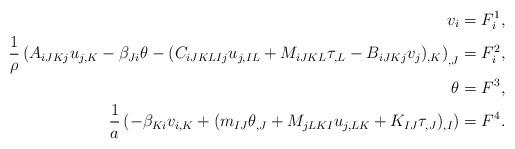
LaTeX: \begin{align*}v_i &= F^1_i,\\\frac{1}{\rho} \left( A_{iJKj} u_{j,K} - \beta_{Ji} \theta -(C_{iJKLIj} u_{j,IL} + M_{iJKL} \tau_{,L} - B_{iJKj}v_{j} )_{,K}\right)_{,J} &= F^2_i,\\\theta &= F^3,\\\frac{1}{a} \left( -\beta_{Ki} v_{i,K} + (m_{IJ}\theta_{,J} +M_{jLKI} u_{j,LK} + K_{IJ}\tau_{,J})_{,I} \right) &= F^4.\end{align*}